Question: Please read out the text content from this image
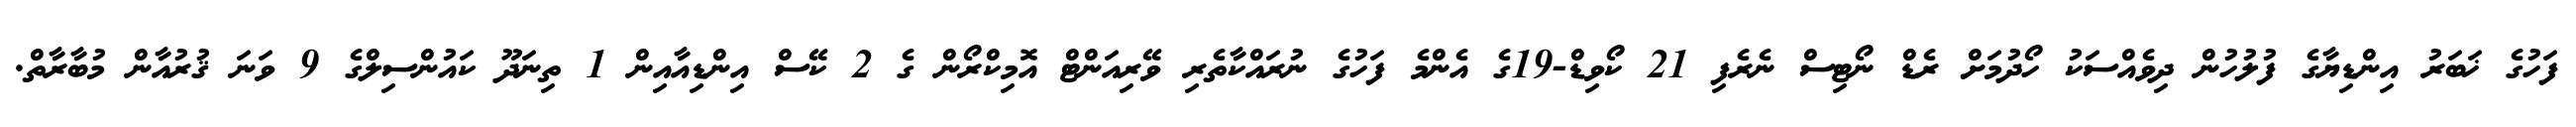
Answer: ފަހުގެ ޚަބަރު އިންޑިޔާގެ ފުލުހުން ދިވެއްސަކު ހޯދުމަށް ރެޑް ނޯޓިސް ނެރެފި 21 ކޯވިޑް-19ގެ އެންމެ ފަހުގެ ނުރައްކާތެރި ވޭރިއަންޓް އޮމިކްރޯން ގެ 2 ކޭސް އިންޑިއާއިން 1 ތިނަދޫ ކައުންސިލްގެ 9 ވަނަ ޤުރުއާން މުބާރާތް.